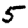
Digit: 5